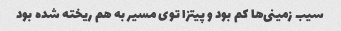
سیب زمینی‌ها کم بود و پیتزا توی مسیر به هم ریخته شده بود